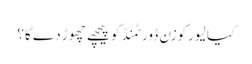
کیا لیورکوزن ڈورٹمنڈ کو پیچھے چھوڑ دے گا؟